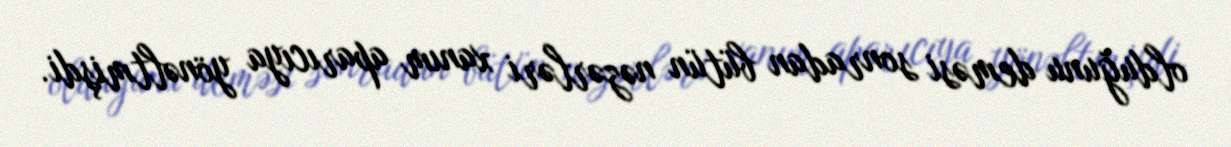
olduğunu deməsi sonradan bütün nəzərləri xanım aparıcıya yönəltmişdi.